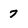
Character: 7